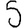
Digit: 5